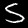
Label: 5